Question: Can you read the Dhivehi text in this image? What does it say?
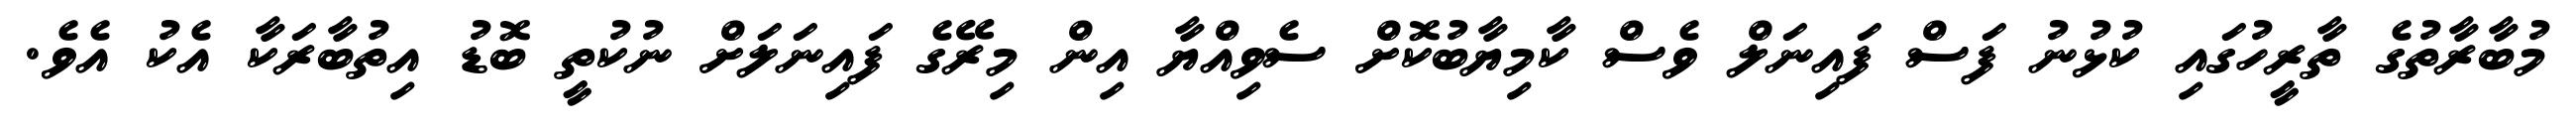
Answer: މުބާރާތުގެ ތާރީހުގައި ކުޅުނު ފަސް ފައިނަލް ވެސް ކާމިޔާބުކޮށް ސެވިއްޔާ އިން މިރޭގެ ފައިނަލަށް ނުކުތީ ބޮޑު އިތުބާރަކާ އެކު އެވެ.